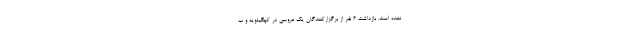
نشده است. بازداشت 6 نفر از برگزارکنندگان یک عروسی در کهگیلویه و ب